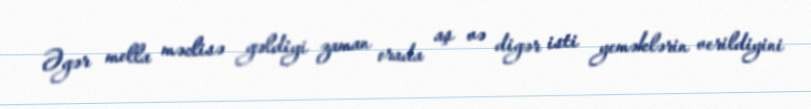
Əgər molla məclisə gəldiyi zaman orada aş və digər isti yeməklərin verildiyini